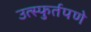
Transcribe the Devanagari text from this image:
उत्स्फुर्तपणे